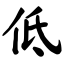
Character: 低